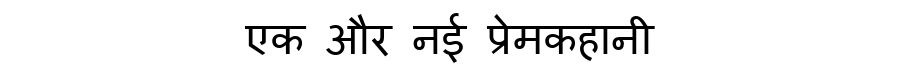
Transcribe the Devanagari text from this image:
एक और नई प्रेमकहानी